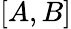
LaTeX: [A,B]